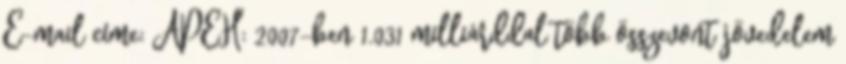
E-mail címe: APEH: 2007-ben 1.031 milliárddal több összevont jövedelem